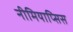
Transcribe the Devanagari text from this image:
नीमियाप्सिस